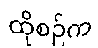
ထိုစဉ်က